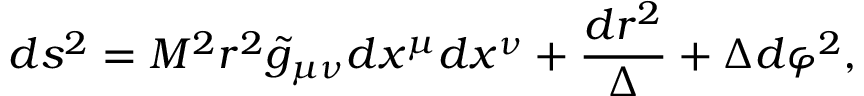
d s ^ { 2 } = M ^ { 2 } r ^ { 2 } { \tilde { g } } _ { \mu \nu } d x ^ { \mu } d x ^ { \nu } + \frac { d r ^ { 2 } } { \Delta } + { \Delta } d { \varphi ^ { 2 } } ,